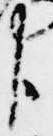
臣